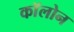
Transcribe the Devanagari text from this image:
काॅलोन